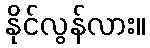
နိုင်လွန်လား။